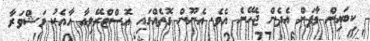
ކިބައިން މާފަށް އެދެން ޖެހޭނެ އެވެ. އެނޫން ގޮތެއްގައި އޮސްޓްރޭލިއާ އާއެކު މަޝްވަރާ